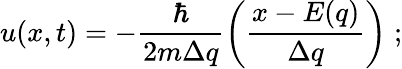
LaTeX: u(x,t)=-\frac{\hbar}{2m\Delta q}\left(\frac{x-E(q)}{\Delta q}\right)\; ;